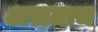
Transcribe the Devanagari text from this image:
असताच